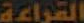
القراعة